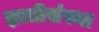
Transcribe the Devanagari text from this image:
ज्ञातीसंस्था